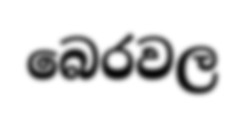
බෙරවල